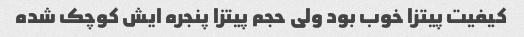
کیفیت پیتزا خوب بود ولی حجم پیتزا پنجره ایش کوچک شده